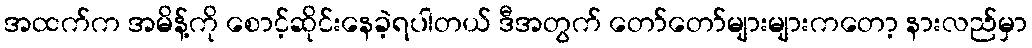
အထက်က အမိန့်ကို စောင့်ဆိုင်းနေခဲ့ရပါတယ် ဒီအတွက် တော်တော်များများကတော့ နားလည်မှာ